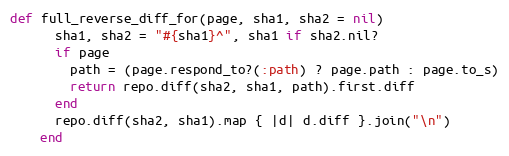
Language: Ruby
def full_reverse_diff_for(page, sha1, sha2 = nil)
      sha1, sha2 = "#{sha1}^", sha1 if sha2.nil?
      if page
        path = (page.respond_to?(:path) ? page.path : page.to_s)
        return repo.diff(sha2, sha1, path).first.diff
      end
      repo.diff(sha2, sha1).map { |d| d.diff }.join("\n")
    end